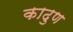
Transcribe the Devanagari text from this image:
काढुण